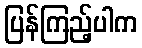
ပြန်ကြည့်ပါက